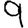
Digit: 9